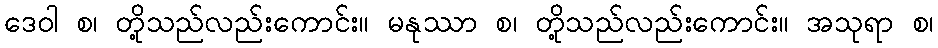
ဒေဝါ စ၊ တို့သည်လည်းကောင်း။ မနုဿာ စ၊ တို့သည်လည်းကောင်း။ အသုရာ စ၊